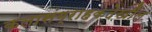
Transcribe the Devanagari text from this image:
कलासंग्राहकदेखील